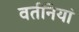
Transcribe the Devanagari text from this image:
वर्तनियां